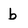
Character: b